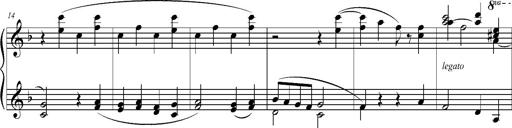
Title: Ave Maria d' Arcadelt
Composer: Franz Liszt